Indian journal of veterinary science and animal husbandry - Volumes 18-21, 1948-1951
Year: 1948
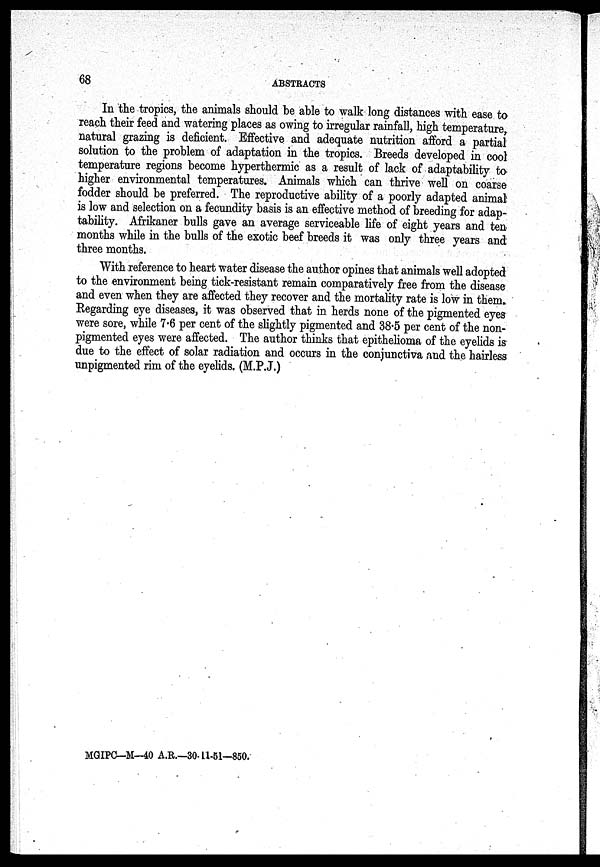
68
ABSTRACTS
In the tropics, the animals should be able to walk long distances with ease to
reach their feed and watering places as owing to irregular rainfall, high temperature,
natural grazing is deficient. Effective and adequate nutrition afford a partial
solution to the problem of adaptation in the tropics. Breeds developed in cool
temperature regions become hyperthermic as a result of lack of adaptability to
higher environmental temperatures. Animals which can thrive well on coarse
fodder should be preferred. The reproductive ability of a poorly adapted animal
is low and selection on a fecundity basis is an effective method of breeding for adap-
tability. Afrikaner bulls gave an average serviceable life of eight years and ten
months while in the bulls of the exotic beef breeds it was only three years and
three months.
With reference to heart water disease the author opines that animals well adopted
to the environment being tick-resistant remain comparatively free from the disease
and even when they are affected they recover and the mortality rate is low in them.
Regarding eye diseases, it was observed that in herds none of the pigmented eyes
were sore, while 7.6 per cent of the slightly pigmented and 38.5 per cent of the non-
pigmented eyes were affected. The author thinks that epithelioma of the eyelids is
due to the effect of solar radiation and occurs in the conjunctiva and the hairless
unpigmented rim of the eyelids. (M.P.J.)
MGIPC—M—40 A.R.—30.11.51—850.